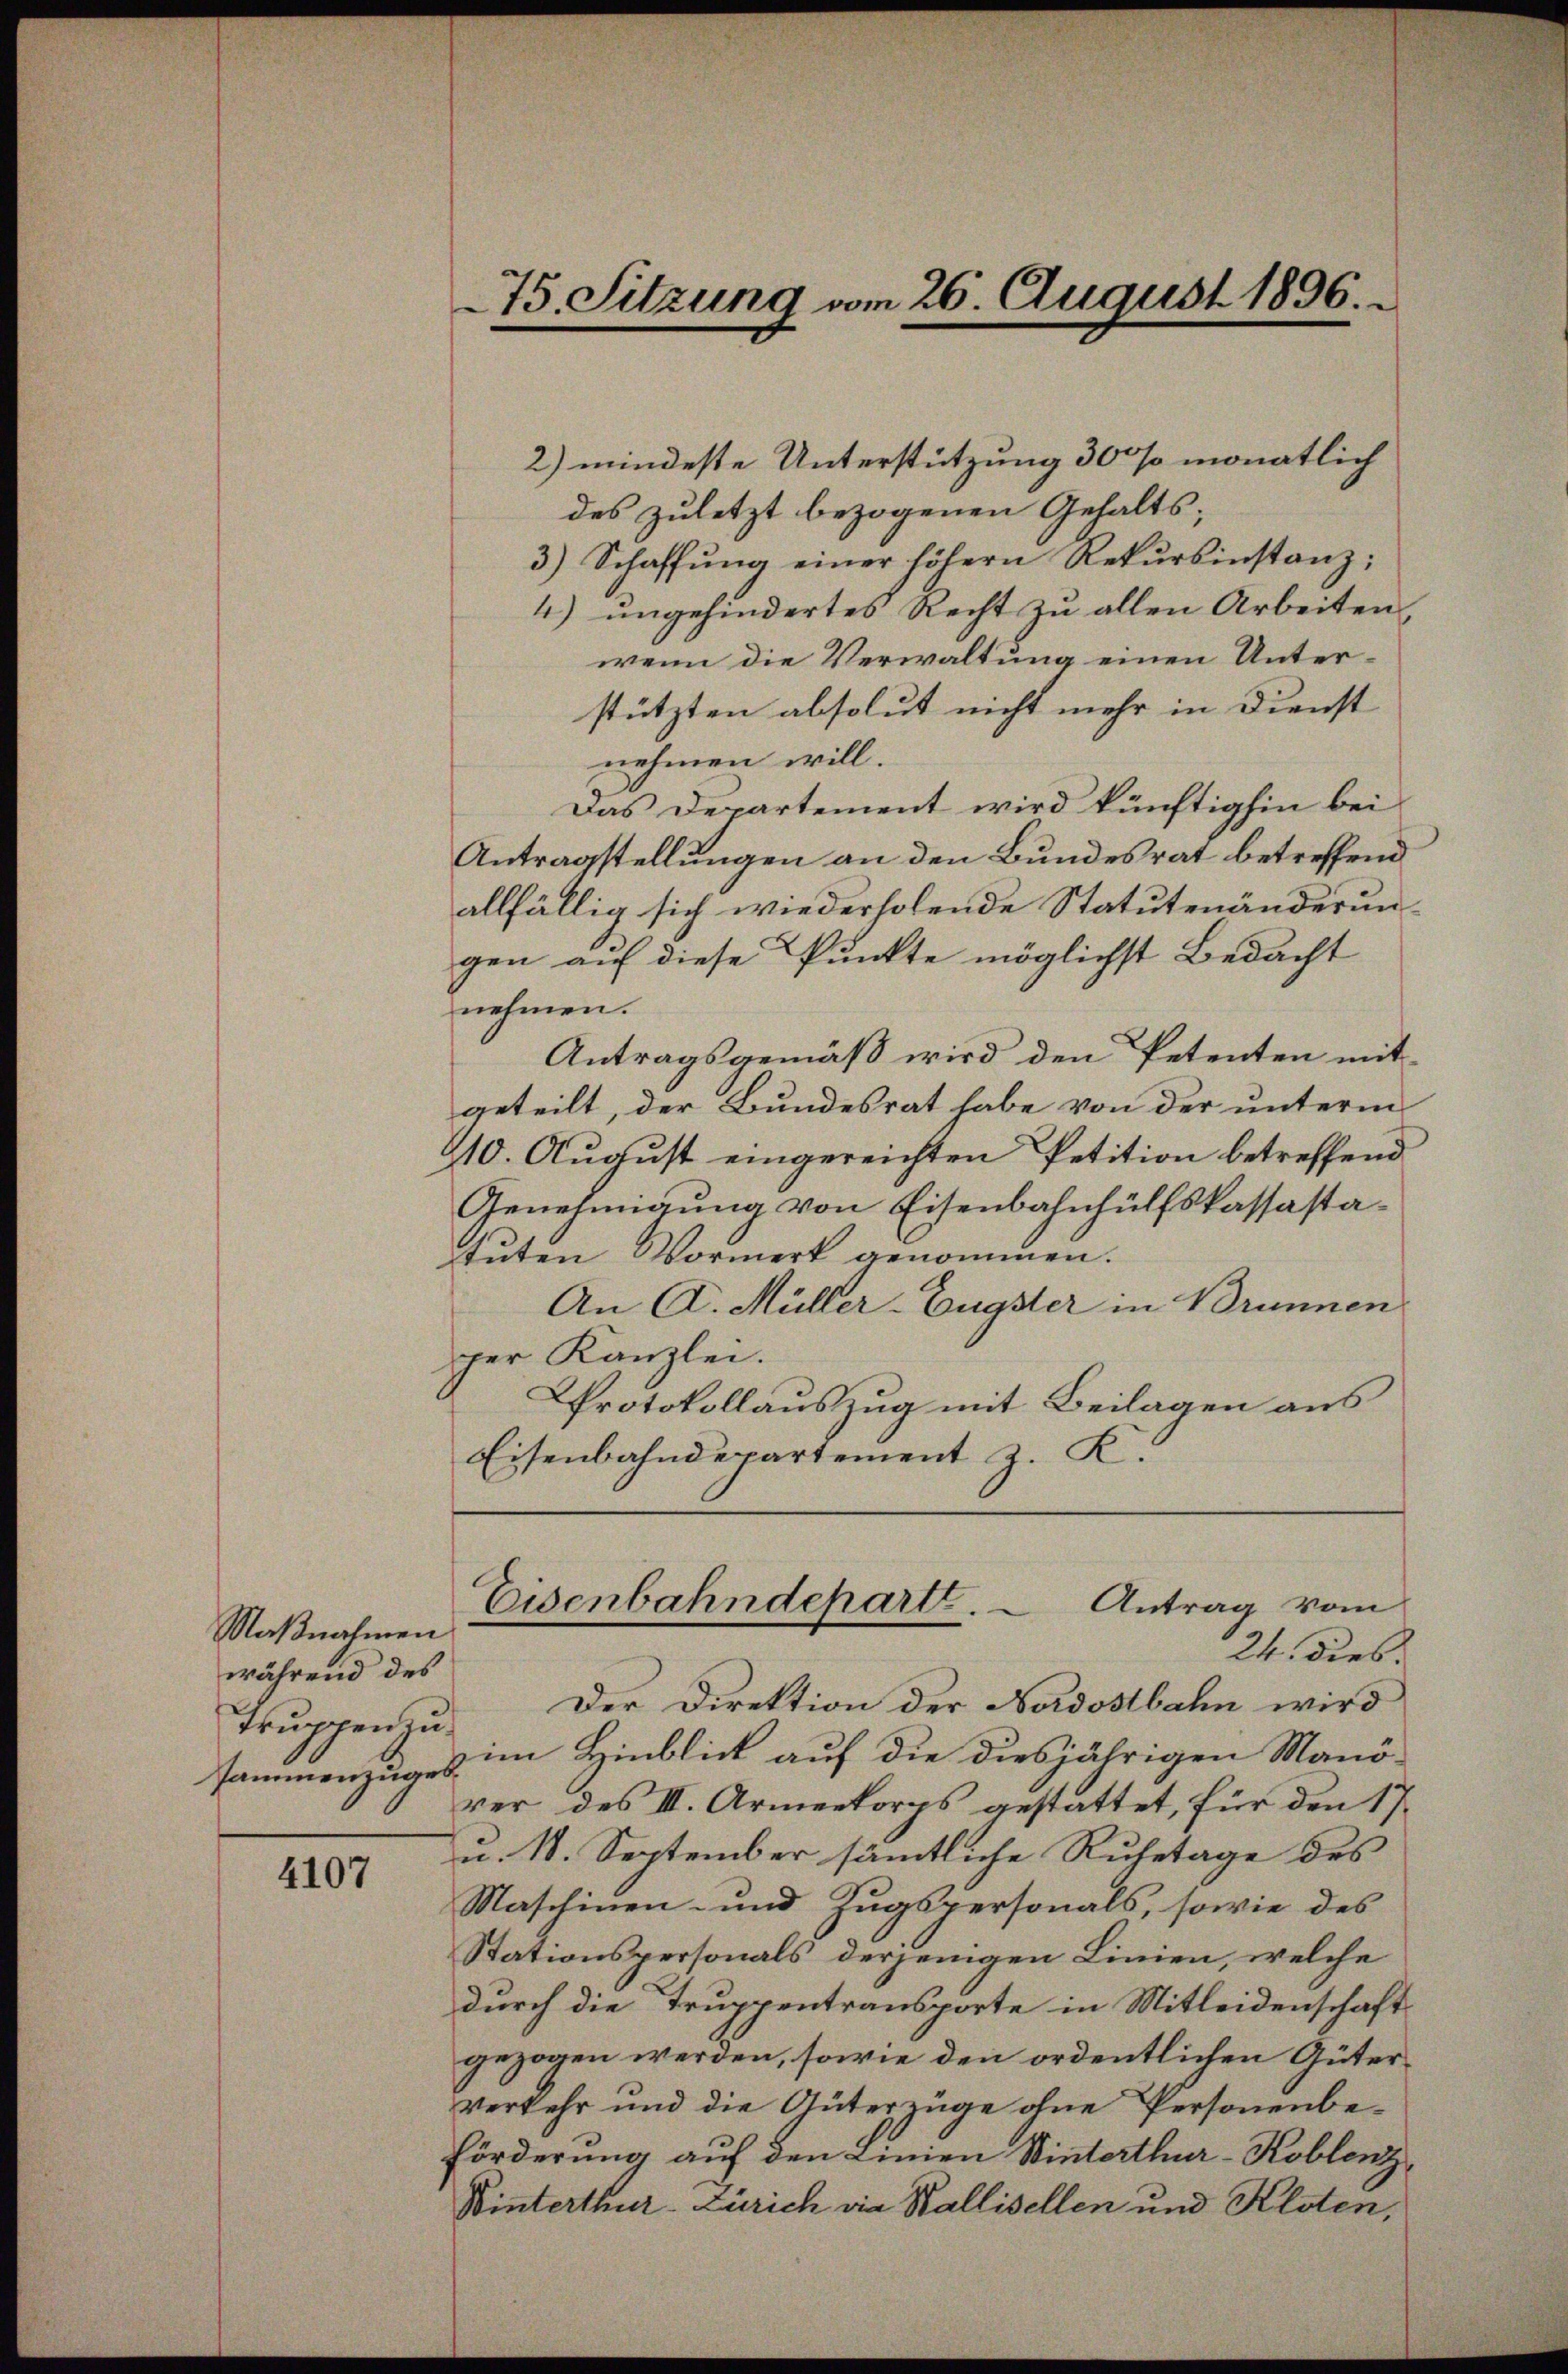
Naßnahmen
während des
Truppenzusammenzuges

4107

2) mindeste Unterstützung 300 monatlich
des zuletzt bezogenen Gehalts;
3.) Schaffŭng einer höhern Rekŭrsinstanz;
4) ungehindertes Recht zu allen Arbeiten,
wenn die Verwaltung einen Unterstützten absolut nicht mehr in Dienst
nehmen will.
Das Departement wird künftighin bei
Antragstellungen an den Bundesrat betreffend
allfällig sich wiederholende Statutenänderungen auf diese Punkte möglichst Bedacht
nehmen.
Antragsgemäß wird den Petenten mit
geteilt, der Bundesrat habe von der unterm
410. August eingereichten Petition betreffend
Genehmigung von Eisenbahnhülfskassastatuten Vormerk genommen.
An A. Müller-Engster in Brunnen
ger Kanzlei.
Protokollauszug mit Beilagen aus
Eisenbahndepartement z. K.

Der Direktion der Nordostbahn wird
im Hinblick auf die diesjährigen Manörer des III. Armeekorps gestattet, für den 17.
u. 18. September sämmtliche Ruhetage des
Maschinen- und Zugspersonals, sowie des
Stationspersonals derjenigen Linien, welche
durch die Truppentransporte in Mitleidenschaft
gezogen werden, sowie den ordentlichen Güterverkehr und die Unterzüge ohne Personenbe¬
Förderung auf den Linien Winterthur–Koblenz,
Winterthur–Zürich in Wallisellen und Kloten,

75. Sitzung vom 26. August 1896.

Eisenbahndeparte. - Antrag vom
24. Dieb